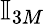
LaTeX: \mathbb{I}_{3M}